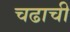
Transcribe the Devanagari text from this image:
चढाची